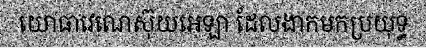
យោធាវេណេស៊ុយអេឡា ដែលងាកមកប្រយុទ្ធ